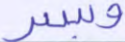
وبسر